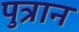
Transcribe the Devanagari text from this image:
पुत्रान